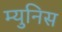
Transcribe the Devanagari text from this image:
म्युनिस